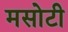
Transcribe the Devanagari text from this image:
मसोटी